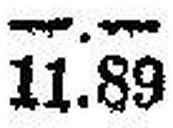
11.89